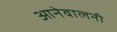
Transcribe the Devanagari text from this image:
आनेवालनी